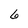
Character: 6